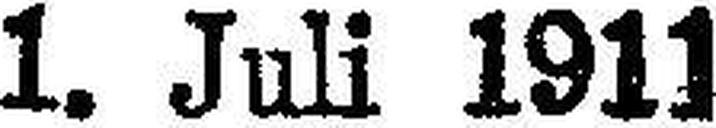
1. Juli 1911